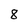
Character: 8